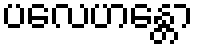
ပလေဟန္တော